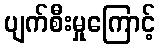
ပျက်စီးမှုကြောင့်